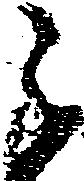
進